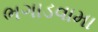
ભગાડવામા